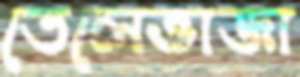
তেলেভাজা